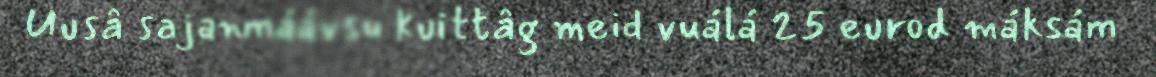
Uusâ sajanmáávsu kuittâg meid vuálá 25 eurod máksám